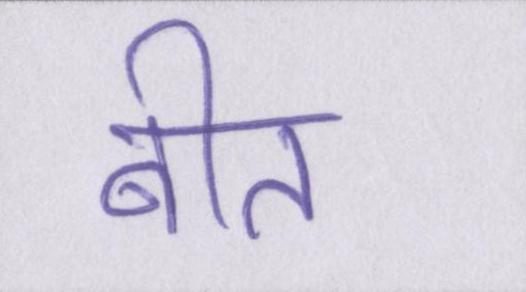
बीत